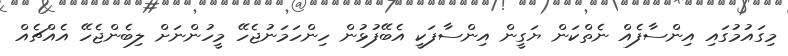
މިގައުމުގައި އިންސާފެއް ނެތްކަން ޔަގީން އިންސާފަކީ އެބޭފުޅުން ހިންހަމަނުޖެހޭ މީހުންނަށް ލިބެންޖެހޭ އެއްޗެއް